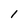
Character: I